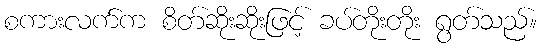
စကားလက်က စိတ်ဆိုးဆိုးဖြင့် ခပ်တိုးတိုး ရွတ်သည်။